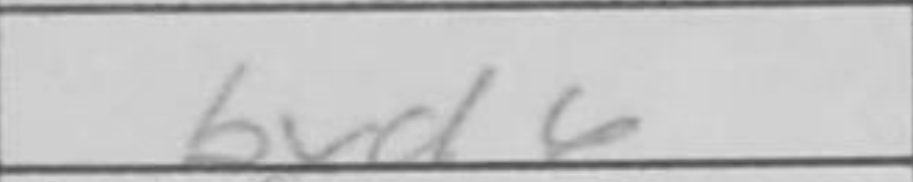
Transcription: bxd6